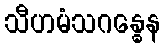
သီဟမံသဂန္ဓေန